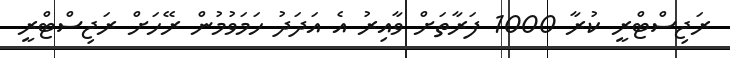
ރަޖިސްޓްރީ ކުރާ 1000 ފަރާތަށް ވާއިރު އެ އަދަދު ހަމަވުމުން ރޭހަށް ރަޖިސްޓްރީ